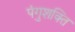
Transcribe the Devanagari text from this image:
पंगुशक्ति